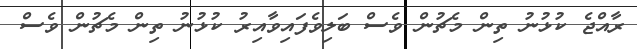
ރާއްޖެ ކުޅުނު ތިން މެޗުން ވެސް ބަލިވެފައިވާއިރު ކުޅުނު ތިން މެޗުން ވެސް